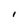
Character: I